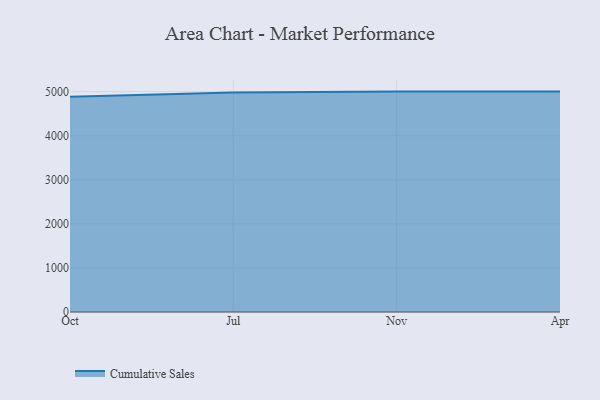
{"axis": {"x": "Month", "y": "Customer Acquisition Cost (USD)"}, "legend": ["Cumulative Sales"], "data": [{"x": "Oct", "y": 4880.7, "type": "Cumulative Sales"}, {"x": "Jul", "y": 4977.4, "type": "Cumulative Sales"}, {"x": "Nov", "y": 5000, "type": "Cumulative Sales"}, {"x": "Apr", "y": 5000, "type": "Cumulative Sales"}]}